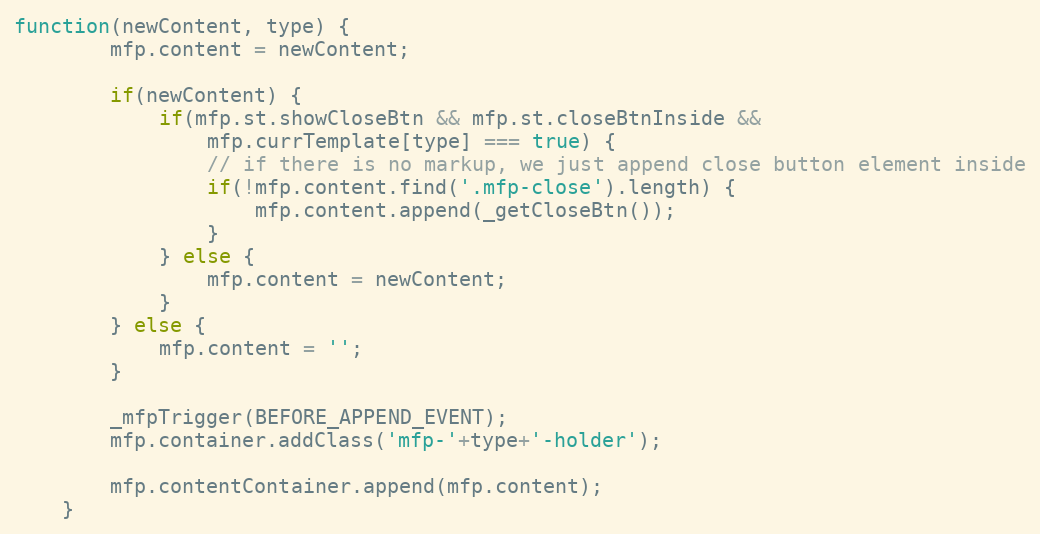
Language: JavaScript
function(newContent, type) {
		mfp.content = newContent;

		if(newContent) {
			if(mfp.st.showCloseBtn && mfp.st.closeBtnInside &&
				mfp.currTemplate[type] === true) {
				// if there is no markup, we just append close button element inside
				if(!mfp.content.find('.mfp-close').length) {
					mfp.content.append(_getCloseBtn());
				}
			} else {
				mfp.content = newContent;
			}
		} else {
			mfp.content = '';
		}

		_mfpTrigger(BEFORE_APPEND_EVENT);
		mfp.container.addClass('mfp-'+type+'-holder');

		mfp.contentContainer.append(mfp.content);
	}